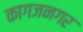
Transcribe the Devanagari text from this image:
कागजनगर